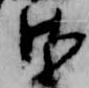
御